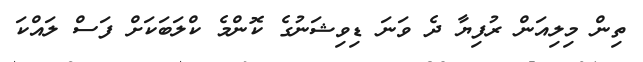
ތިން މިލިއަން ރުފިޔާ ދެ ވަނަ ޑިވިޝަނުގެ ކޮންމެ ކްލަބަކަށް ފަސް ލައްކަ